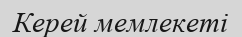
Керей мемлекеті